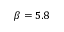
\beta = 5 . 8